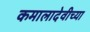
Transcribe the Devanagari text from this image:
कमालादेवीच्या